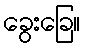
ခွေးခြေ။